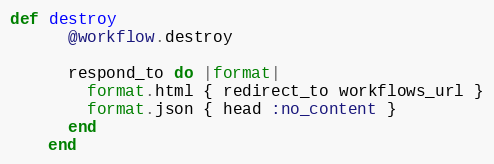
Language: Ruby
def destroy
      @workflow.destroy

      respond_to do |format|
        format.html { redirect_to workflows_url }
        format.json { head :no_content }
      end
    end